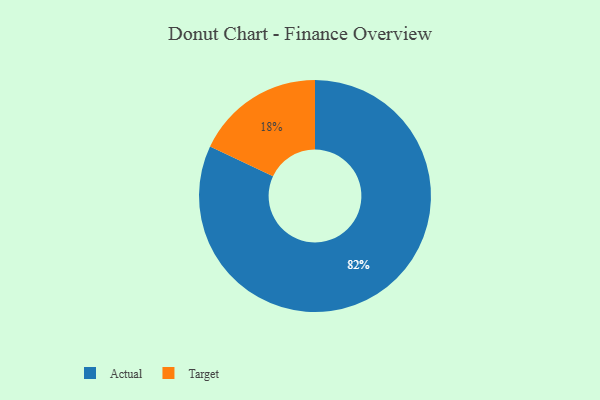
{"axis": {"x": "Category", "y": "Percentage"}, "legend": ["Actual", "Target"], "data": [{"x": "Actual", "y": 82, "type": "Actual"}, {"x": "Target", "y": 18, "type": "Target"}]}